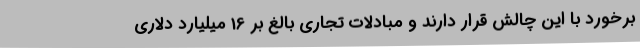
برخورد با این چالش قرار دارند و مبادلات تجاری بالغ بر 16 میلیارد دلاری